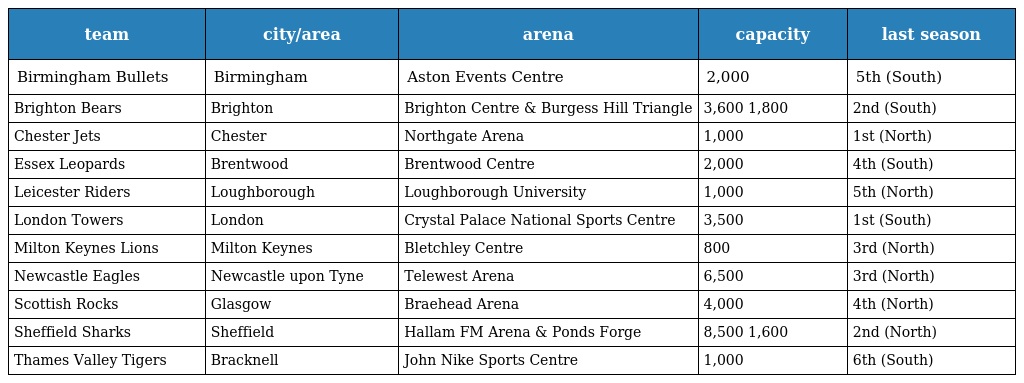
| team | city/area | arena | capacity | last season |
 | --- | --- | --- | --- | --- |
 | Birmingham Bullets | Birmingham | Aston Events Centre | 2,000 | 5th (South) |
 | Brighton Bears | Brighton | Brighton Centre & Burgess Hill Triangle | 3,600 1,800 | 2nd (South) |
 | Chester Jets | Chester | Northgate Arena | 1,000 | 1st (North) |
 | Essex Leopards | Brentwood | Brentwood Centre | 2,000 | 4th (South) |
 | Leicester Riders | Loughborough | Loughborough University | 1,000 | 5th (North) |
 | London Towers | London | Crystal Palace National Sports Centre | 3,500 | 1st (South) |
 | Milton Keynes Lions | Milton Keynes | Bletchley Centre | 800 | 3rd (North) |
 | Newcastle Eagles | Newcastle upon Tyne | Telewest Arena | 6,500 | 3rd (North) |
 | Scottish Rocks | Glasgow | Braehead Arena | 4,000 | 4th (North) |
 | Sheffield Sharks | Sheffield | Hallam FM Arena & Ponds Forge | 8,500 1,600 | 2nd (North) |
 | Thames Valley Tigers | Bracknell | John Nike Sports Centre | 1,000 | 6th (South) |